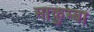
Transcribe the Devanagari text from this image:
माकुम्बा